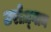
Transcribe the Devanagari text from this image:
उरोज़्गान